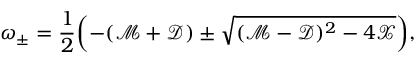
\omega _ { \pm } = \frac { 1 } { 2 } \mathopen { } \mathclose \bgroup \mathopen { } \mathclose \bgroup \mathopen { } \mathclose \bgroup \mathopen { } \mathclose \bgroup \mathopen { } \mathclose \bgroup \mathopen { } \mathclose \bgroup \mathopen { } \mathclose \bgroup \mathopen { } \mathclose \bgroup \mathopen { } \mathclose \bgroup \mathopen { } \mathclose \bgroup \left( - ( \mathcal { M } + \mathcal { D } ) \pm \sqrt { ( \mathcal { M } - \mathcal { D } ) ^ { 2 } - 4 \mathcal { X } } \aftergroup \egroup \aftergroup \egroup \aftergroup \egroup \aftergroup \egroup \aftergroup \egroup \aftergroup \egroup \aftergroup \egroup \aftergroup \egroup \aftergroup \egroup \aftergroup \egroup \right) ,